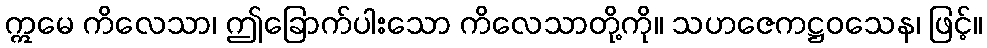
ဣမေ ကိလေသာ၊ ဤခြောက်ပါးသော ကိလေသာတို့ကို။ သဟဇေကဋ္ဌဝသေန၊ ဖြင့်။